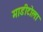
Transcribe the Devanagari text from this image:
माडीटोला